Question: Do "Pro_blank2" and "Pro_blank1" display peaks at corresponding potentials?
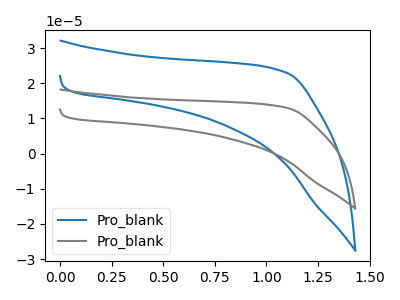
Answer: <think>The blue curve "Pro_blank1" has no peaks. The gray curve "Pro_blank2" has no peaks.</think>
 <answer>Niether CV has any peaks.</answer>
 <eval>blanks</eval>